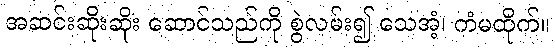
အဆင်းဆိုးဆိုး ဆောင်သည်ကို စွဲလမ်း၍ သေအံ့၊ ကံမထိုက်။